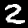
Digit: 2